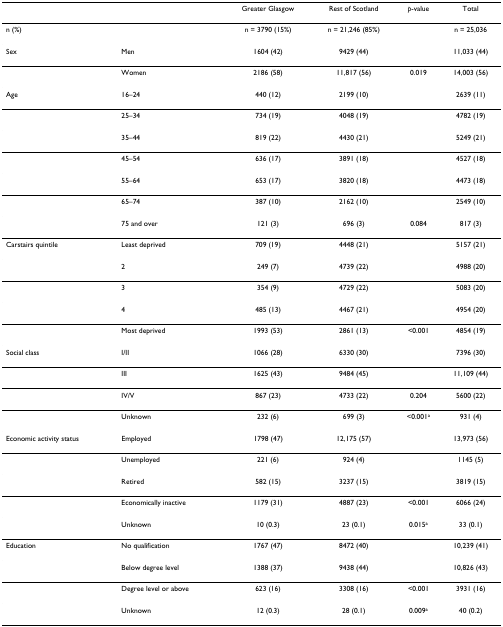
<table><thead><tr><td></td><td></td><td><b>Greater Glasgow</b></td><td><b>Rest of Scotland</b></td><td><b><i>p</i>-value</b></td><td><b>Total</b></td></tr></thead><tbody><tr><td>n (%)</td><td></td><td>n = 3790 (15%)</td><td>n = 21,246 (85%)</td><td></td><td>n = 25,036</td></tr><tr><td>Sex</td><td>Men</td><td>1604 (42)</td><td>9429 (44)</td><td></td><td>11,033 (44)</td></tr><tr><td></td><td>Women</td><td>2186 (58)</td><td>11,817 (56)</td><td>0.019</td><td>14,003 (56)</td></tr><tr><td>Age</td><td>16–24</td><td>440 (12)</td><td>2199 (10)</td><td></td><td>2639 (11)</td></tr><tr><td></td><td>25–34</td><td>734 (19)</td><td>4048 (19)</td><td></td><td>4782 (19)</td></tr><tr><td></td><td>35–44</td><td>819 (22)</td><td>4430 (21)</td><td></td><td>5249 (21)</td></tr><tr><td></td><td>45–54</td><td>636 (17)</td><td>3891 (18)</td><td></td><td>4527 (18)</td></tr><tr><td></td><td>55–64</td><td>653 (17)</td><td>3820 (18)</td><td></td><td>4473 (18)</td></tr><tr><td></td><td>65–74</td><td>387 (10)</td><td>2162 (10)</td><td></td><td>2549 (10)</td></tr><tr><td></td><td>75 and over</td><td>121 (3)</td><td>696 (3)</td><td>0.084</td><td>817 (3)</td></tr><tr><td>Carstairs quintile</td><td>Least deprived</td><td>709 (19)</td><td>4448 (21)</td><td></td><td>5157 (21)</td></tr><tr><td></td><td>2</td><td>249 (7)</td><td>4739 (22)</td><td></td><td>4988 (20)</td></tr><tr><td></td><td>3</td><td>354 (9)</td><td>4729 (22)</td><td></td><td>5083 (20)</td></tr><tr><td></td><td>4</td><td>485 (13)</td><td>4467 (21)</td><td></td><td>4954 (20)</td></tr><tr><td></td><td>Most deprived</td><td>1993 (53)</td><td>2861 (13)</td><td>&lt;0.001</td><td>4854 (19)</td></tr><tr><td>Social class</td><td>I/II</td><td>1066 (28)</td><td>6330 (30)</td><td></td><td>7396 (30)</td></tr><tr><td></td><td>III</td><td>1625 (43)</td><td>9484 (45)</td><td></td><td>11,109 (44)</td></tr><tr><td></td><td>IV/V</td><td>867 (23)</td><td>4733 (22)</td><td>0.204</td><td>5600 (22)</td></tr><tr><td></td><td>Unknown</td><td>232 (6)</td><td>699 (3)</td><td>&lt;0.001<sup>a</sup></td><td>931 (4)</td></tr><tr><td>Economic activity status</td><td>Employed</td><td>1798 (47)</td><td>12,175 (57)</td><td></td><td>13,973 (56)</td></tr><tr><td></td><td>Unemployed</td><td>221 (6)</td><td>924 (4)</td><td></td><td>1145 (5)</td></tr><tr><td></td><td>Retired</td><td>582 (15)</td><td>3237 (15)</td><td></td><td>3819 (15)</td></tr><tr><td></td><td>Economically inactive</td><td>1179 (31)</td><td>4887 (23)</td><td>&lt;0.001</td><td>6066 (24)</td></tr><tr><td></td><td>Unknown</td><td>10 (0.3)</td><td>23 (0.1)</td><td>0.015<sup>a</sup></td><td>33 (0.1)</td></tr><tr><td>Education</td><td>No qualification</td><td>1767 (47)</td><td>8472 (40)</td><td></td><td>10,239 (41)</td></tr><tr><td></td><td>Below degree level</td><td>1388 (37)</td><td>9438 (44)</td><td></td><td>10,826 (43)</td></tr><tr><td></td><td>Degree level or above</td><td>623 (16)</td><td>3308 (16)</td><td>&lt;0.001</td><td>3931 (16)</td></tr><tr><td></td><td>Unknown</td><td>12 (0.3)</td><td>28 (0.1)</td><td>0.009<sup>a</sup></td><td>40 (0.2)</td></tr></tbody></table>